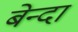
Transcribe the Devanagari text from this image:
बेन्दा